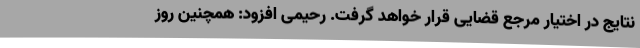
نتایج در اختیار مرجع قضایی قرار خواهد گرفت. رحیمی افزود: همچنین روز